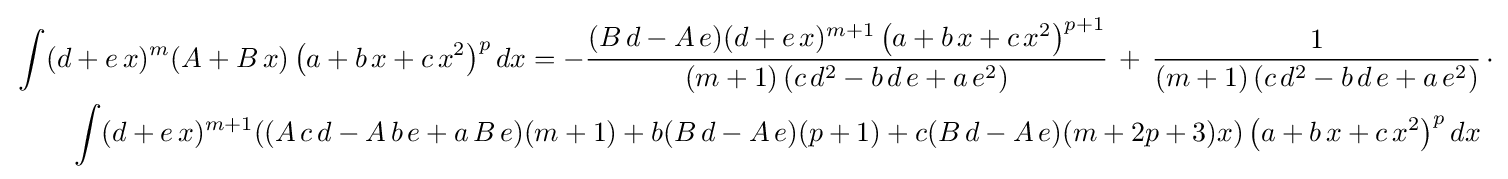
{\begin{aligned}&\int (d+e\,x)^{m}(A+B\,x)\left(a+b\,x+c\,x^{2}\right)^{p}dx=-{\frac {(B\,d-A\,e)(d+e\,x)^{m+1}\left(a+b\,x+c\,x^{2}\right)^{p+1}}{(m+1)\left(c\,d^{2}-b\,d\,e+a\,e^{2}\right)}}\,+\,{\frac {1}{(m+1)\left(c\,d^{2}-b\,d\,e+a\,e^{2}\right)}}\,\cdot \\&\qquad \int (d+e\,x)^{m+1}((A\,c\,d-A\,b\,e+a\,B\,e)(m+1)+b(B\,d-A\,e)(p+1)+c(B\,d-A\,e)(m+2p+3)x)\left(a+b\,x+c\,x^{2}\right)^{p}dx\end{aligned}}